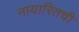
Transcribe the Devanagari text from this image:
नायारितची